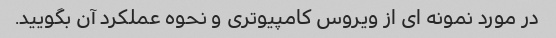
در مورد نمونه ای از ویروس کامپیوتری و نحوه عملکرد آن بگویید.